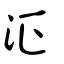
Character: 泟